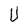
Character: U